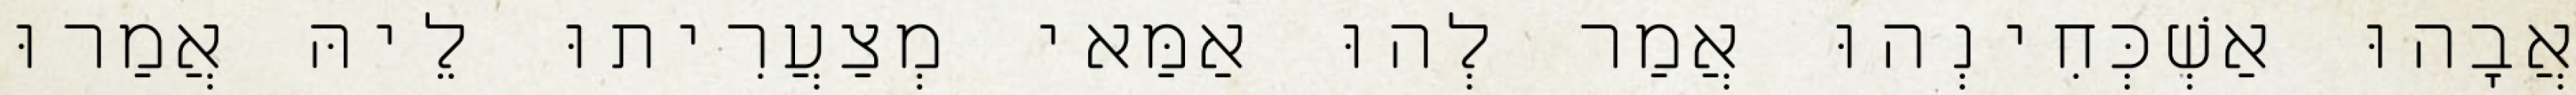
אֲבָהוּ אַשְׁכְּחִינְהוּ אֲמַר לְהוּ אַמַּאי מְצַעֲרִיתוּ לֵיהּ אֲמַרוּ